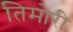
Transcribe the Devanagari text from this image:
तिमोरी